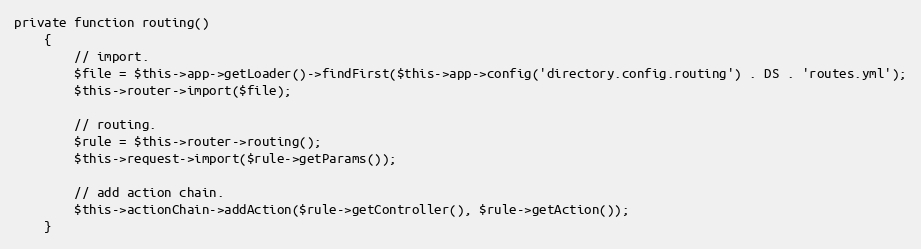
Language: PHP
private function routing()
    {
        // import.
        $file = $this->app->getLoader()->findFirst($this->app->config('directory.config.routing') . DS . 'routes.yml');
        $this->router->import($file);

        // routing.
        $rule = $this->router->routing();
        $this->request->import($rule->getParams());

        // add action chain.
        $this->actionChain->addAction($rule->getController(), $rule->getAction());
    }